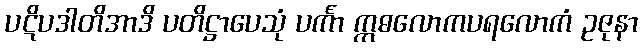
ပဋိပဒါတိအာဒိ ပတိဋ္ဌာပေသုံ ပင်္ကာ ဣဓလောကပရလောကံ ဥဇုနာ